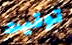
توقيت